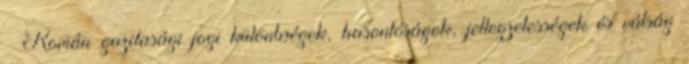
– Román gazdasági jogi különbségek, hasonlóságok, jellegzetességek és válság